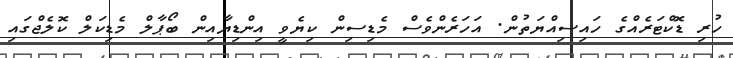
ހުރި ޑޮކްޓަރެއްގެ ހައިސިއްޔަތުން. އަހަރެންވެސް މެޑިސިން ކިޔެވީ އިންޑިޔާއިން ބޯޕާލް މެޑިކަލް ކޮލެޖްގައި